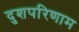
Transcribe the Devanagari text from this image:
दुशपरिणाम